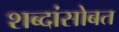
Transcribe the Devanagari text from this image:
शब्दांसोबत